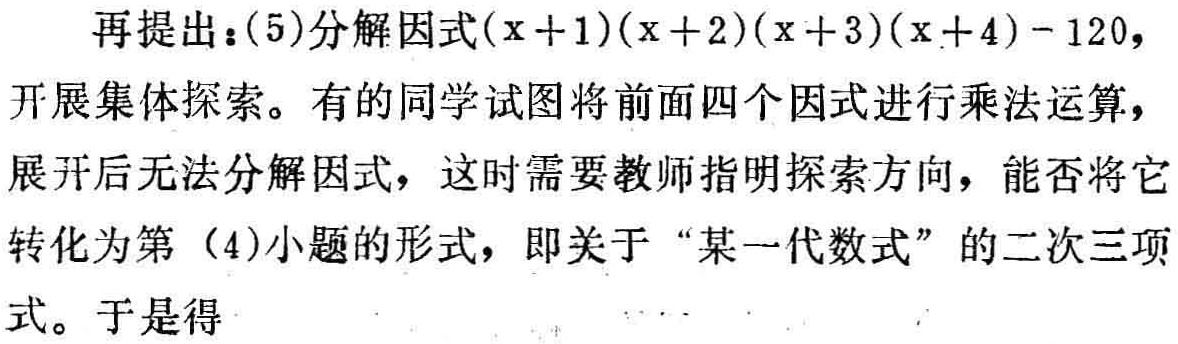
再提出：(5)分解因式\((x + 1)(x + 2)(x + 3)(x + 4)-120\)，开展集体探索。有的同学试图将前面四个因式进行乘法运算，展开后无法分解因式，这时需要教师指明探索方向，能否将它转化为第（4）小题的形式，即关于“某一代数式”的二次三项式。于是得